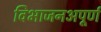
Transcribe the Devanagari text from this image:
विभाजनअपूर्ण